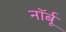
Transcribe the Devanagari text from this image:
नॉर्बू